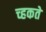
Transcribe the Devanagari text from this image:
च्हकते